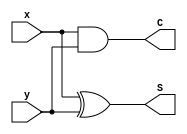
module halfadder(x,y,S,C);
//S = sum
//C = carry

input x,y;
output S,C;

xor x1 (S,x,y);
and a1 (C,x,y);

endmodule

module test1;

reg signed x,y;
wire S,C;

halfadder m1(x,y,S,C);
initial begin
    $display("a b S C");
    $monitor("%b %b %b %b ", x,y,S,C);
    x = 0;y = 0;
    #1
    x = 0;y = 1 ;
    #1
    x = 1;y = 0 ;
    #1
    x = 1;y = 1;
end
endmodule